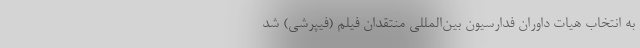
به انتخاب هیات داوران فدارسیون بین‌المللی منتقدان فیلم (فیپرشی) شد